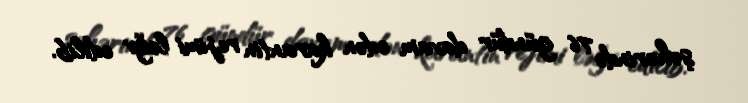
şəhərində 76 gündür davam edən karantin rejimi ləğv edilib.